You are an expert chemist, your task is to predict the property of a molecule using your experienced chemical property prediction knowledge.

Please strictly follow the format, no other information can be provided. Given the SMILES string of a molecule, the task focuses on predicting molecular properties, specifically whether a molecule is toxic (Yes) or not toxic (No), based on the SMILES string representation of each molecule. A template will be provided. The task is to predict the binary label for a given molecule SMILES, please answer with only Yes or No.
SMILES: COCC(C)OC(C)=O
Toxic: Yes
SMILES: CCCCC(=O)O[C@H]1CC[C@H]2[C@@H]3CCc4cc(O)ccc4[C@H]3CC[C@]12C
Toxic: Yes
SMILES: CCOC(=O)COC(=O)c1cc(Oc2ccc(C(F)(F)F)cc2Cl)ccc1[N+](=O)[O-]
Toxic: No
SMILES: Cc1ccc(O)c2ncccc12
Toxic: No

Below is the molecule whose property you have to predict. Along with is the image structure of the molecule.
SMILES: O=C(CN1CCNCC1)NC1CCCCC1
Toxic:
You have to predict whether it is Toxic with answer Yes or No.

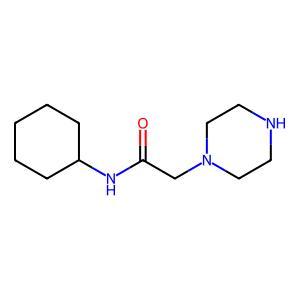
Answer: No